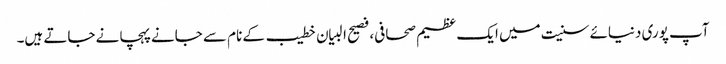
آپ پوری دنیائے سنیت میں ایک عظیم صحافی، فصیح البیان خطیب کے نام سے جانےپہچانے جاتے ہیں۔